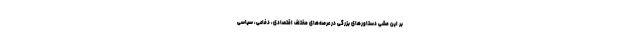
بر این مشی دستاورهای بزرگی در عرصه‌های مختلف اقتصادی، دفاعی، سیاسی